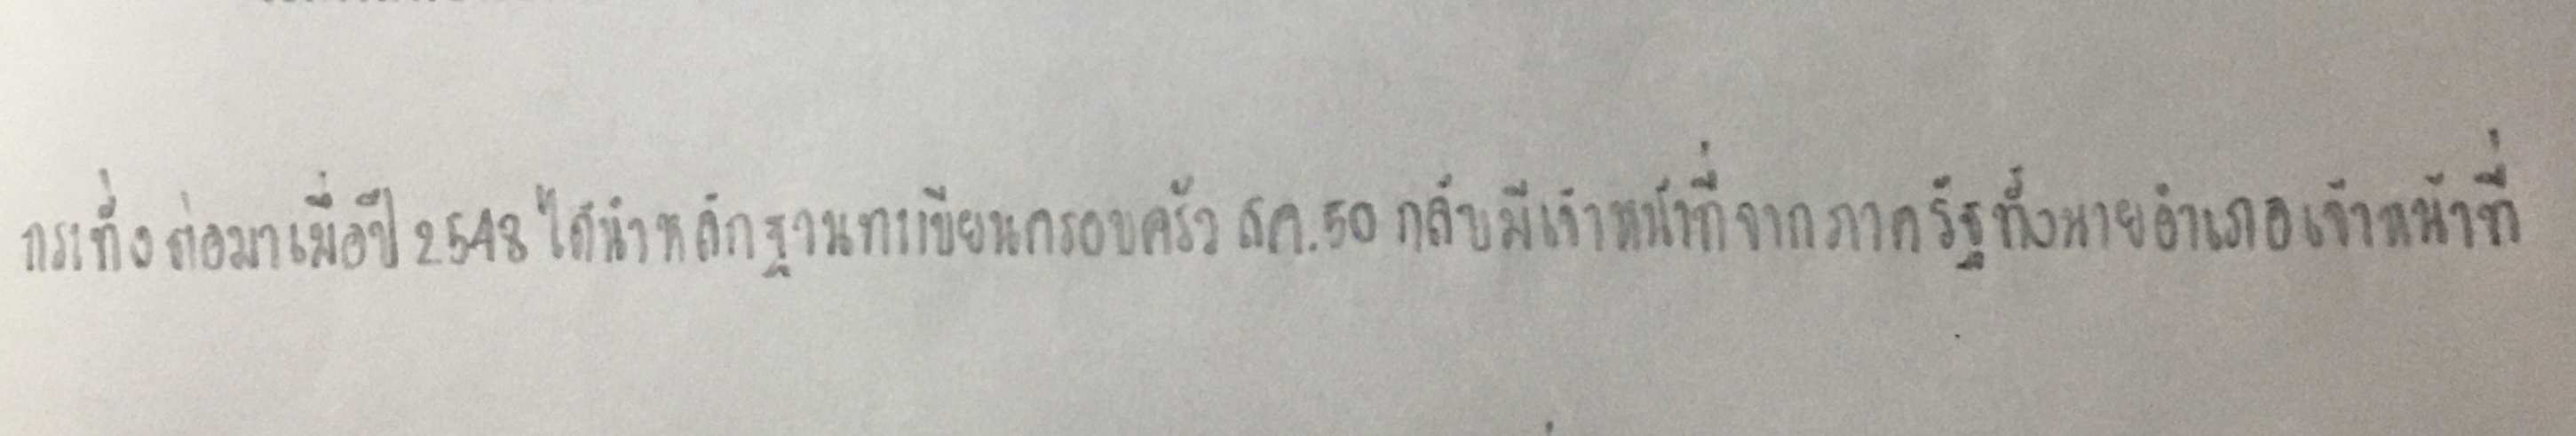
กระทั่งต่อมาเมื่อปี2548ได้นำหลักฐานทะเบียนครอบครองสค.50กลับมีเจ้าหน้าที่จากภาครัฐทั้งนายอำเภอนำเจ้าหน้าที่